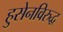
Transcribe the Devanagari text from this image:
हुसेनविरुद्ध